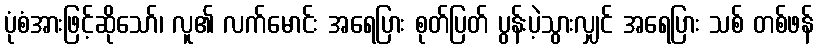
ပုံစံအားဖြင့်ဆိုသော်၊ လူ၏ လက်မောင်း အရေပြား စုတ်ပြတ် ပွန်းပဲ့သွားလျှင် အရေပြား သစ် တစ်ဖန်